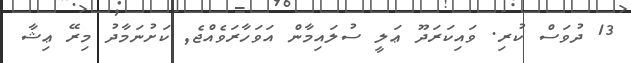
13 ދުވަސް ކުރި. ވައިކަރަދޫ ޢަލީ ސުލައިމާން އަވަހާރަވެއްޖެ